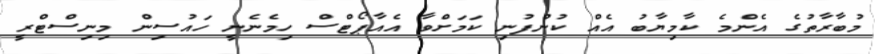
މުބާރާތުގެ އެންމެ ކާމިޔާބު އެއް ކުންފުނި ކަމަށްވާ އެއާޕޯޓްސް ހިމެނެނީ ހައުސިން މިނިސްޓްރީ